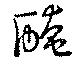
醃